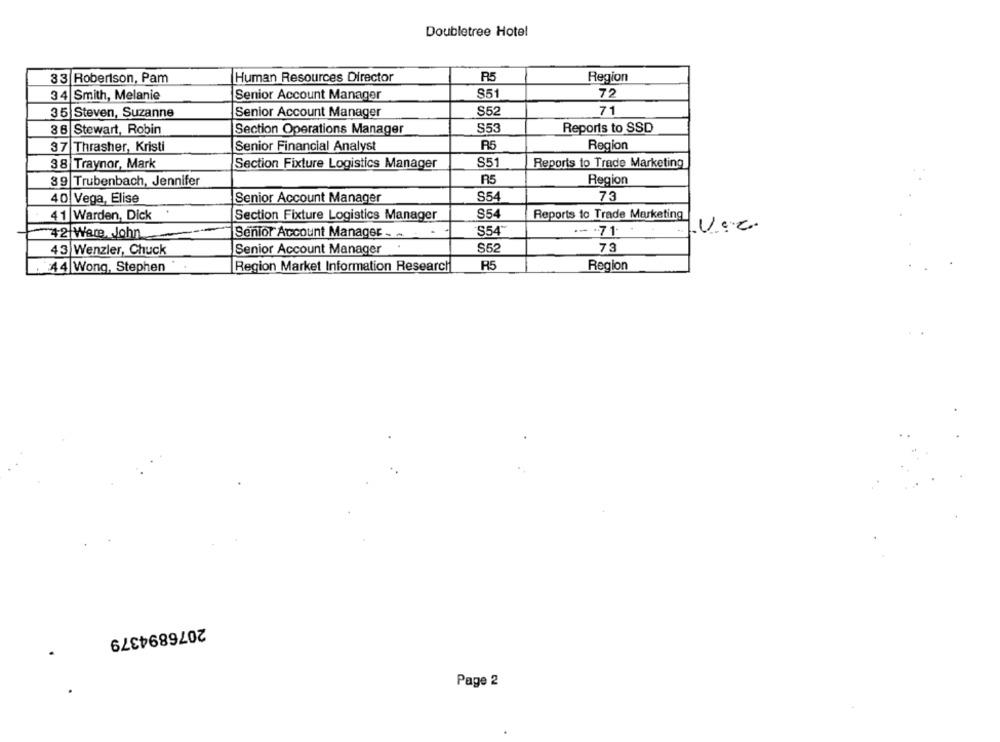
Doubletree Hotel
33 Robertson, Pam
Human Resources Director
R5
Region
34 Smith, Melanie
Senior Account Manager
851
72
S52
71
35 Steven, Suzanne
Senior Account Manager
36 Stewart, Robin
Section Operations Manager
S53
Reports to SSD
37
Thrasher, Kristi
Senior Financial Analyst
R5
Region
S51
Reports to Trade Marketing
38 Traynor, Mark
Section Fixture Logistics Manager
39 Trubenbach, Jennifer
Region
40 Vega, Elise
Senior Account Manager
S54
73
Section Fixture Logistics Manager
S54
41 Warden, Dick
Reports to Trade Marketing
S54"
-- . 71.
42 Ware, John
Senior Account Manager .... . .
43 Wenzler, Chuck
Senior Account Manager
S52
73
44 Wong, Stephen *
Region Market Information Research
R5
Region
2076894379
Page 2